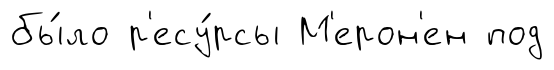
бы́ло р'есу́рсы М'ерон'ен под